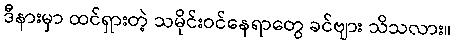
ဒီနားမှာ ထင်ရှားတဲ့ သမိုင်းဝင်နေရာတွေ ခင်ဗျား သိသလား။